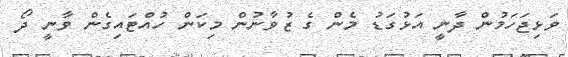
ވަޅިޖަހަމުން ދާނީ އަޅުގަޑު މެން ގެ ޒުވާނުން މިކަން ހުއްޓައިގެން ވާނީ ދޯ